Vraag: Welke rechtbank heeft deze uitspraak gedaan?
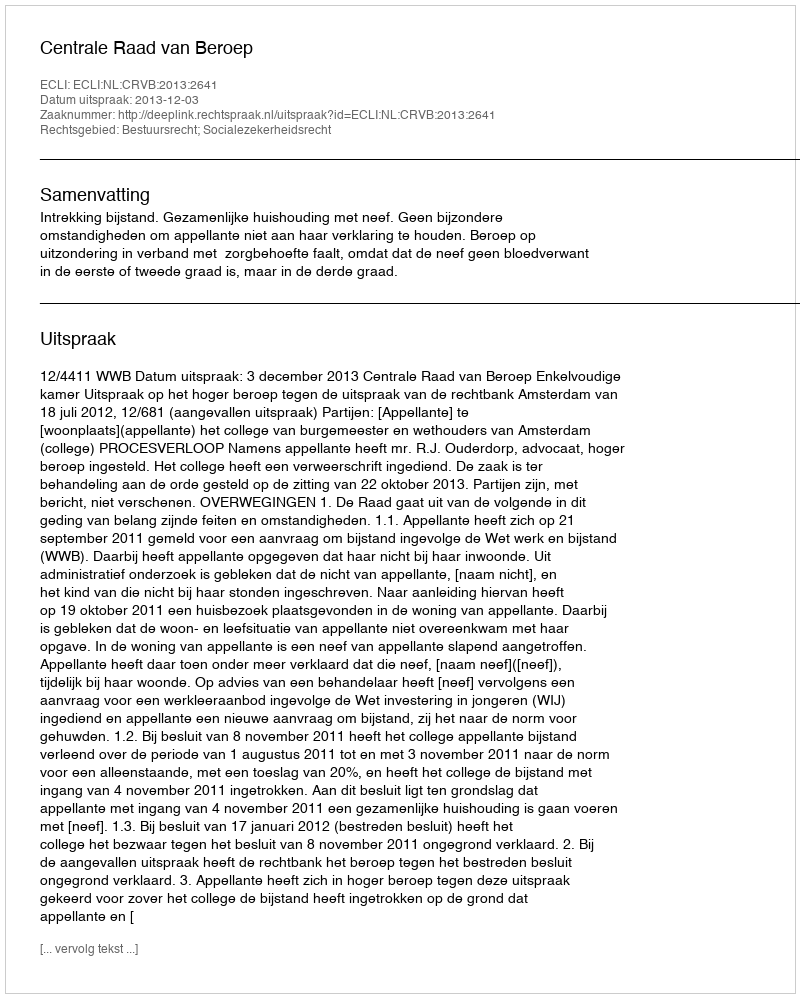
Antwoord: Centrale Raad van Beroep